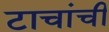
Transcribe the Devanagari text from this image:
टाचांची